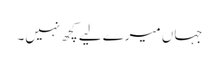
جہاں میرے لیے کچھ نہیں۔